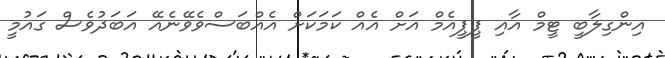
އިންގިލާބީ ޓީމް އާއި ޕީޕީއެމް އަށް އެއް ކަމަކަށް އެއްބަސްވެވޭނެއޭ އަބަދުވެސް ގައުމީ